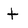
Character: t